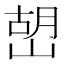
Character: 𡹹